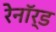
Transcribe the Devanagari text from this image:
रेनॉर्ड